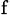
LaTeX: _\mathrm{f}